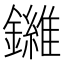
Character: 𫓙